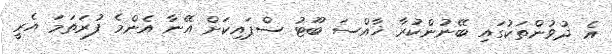
އެ ދުވުންތަކުގައި ބޭނުންކުރާ ޚާއްސަ ބޫޓު ސްޕައިކަށް އޭނާ އެންމެ ފުރަތަމަ އެރީ